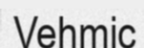
Vehmic